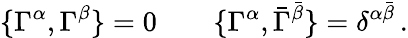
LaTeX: \{ \Gamma^{\alpha},\Gamma^{\beta}\} =0\qquad\{ \Gamma^{\alpha},\bar{\Gamma}^{\bar{\beta}}\} =\delta^{\alpha\bar{\beta}}\, .